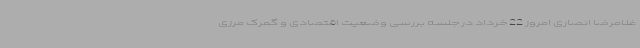
غلامرضا انصاری امروز 22 خرداد در جلسه بررسی وضعیت اقتصادی و گمرک مرزی